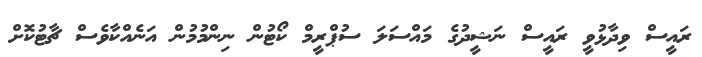
ރައީސް ވިދާޅުވީ ރައީސް ނަޝީދުގެ މައްސަލަ ސުޕްރީމް ކޯޓުން ނިންމުމުން އަނެއްކާވެސް ޗާޓުކޮށް